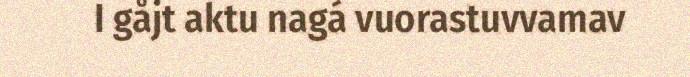
I gåjt aktu nagá vuorastuvvamav